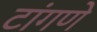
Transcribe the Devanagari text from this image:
टांगणे